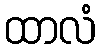
ထာလံ